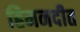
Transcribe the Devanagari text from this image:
हिमनदीत